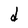
Character: d